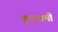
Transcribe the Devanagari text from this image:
मूळगामी